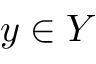
y \in Y